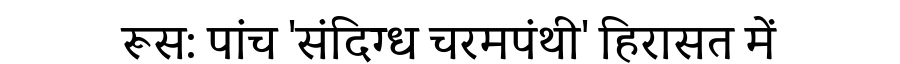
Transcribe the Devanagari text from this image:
रूस: पांच 'संदिग्ध चरमपंथी' हिरासत में